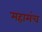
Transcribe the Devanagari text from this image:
महामंच